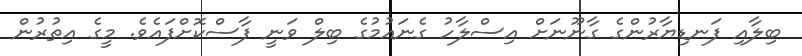
ބިލާއި ފަނޑިޔާރުންގެ ގާނޫނަށް އިސްލާހު ގެނައުމުގެ ބިލް ވަނީ ފާސްކޮށްފައެވެ. މީގެ އިތުރުން